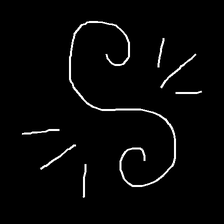
Glyph: wind-directs-air